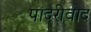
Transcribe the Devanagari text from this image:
पादरीवाद